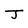
Character: J